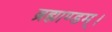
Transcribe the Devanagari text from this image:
ब्रह्माण्डम्।